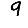
Digit: 9